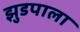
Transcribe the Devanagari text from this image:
झुडपाला